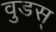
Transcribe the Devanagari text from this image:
वुडस्